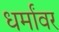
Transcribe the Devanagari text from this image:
धर्मांवर